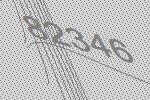
82346